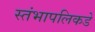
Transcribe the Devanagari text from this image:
स्तंभापलिकडे